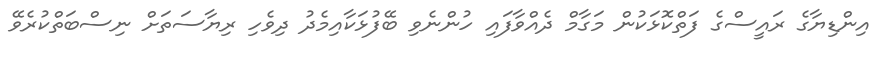
އިންޑިޔާގެ ރައީސްގެ ފަތްކޮޅަކުން މަގާމް ދެއްވާފައި ހުންނެވި ބޭފުޅަކާއިމެދު ދިވެހި ރިޔާސަތަށް ނިސްބަތްކުރެވޭ